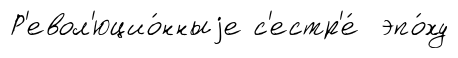
Р'евол'юцио́нныjе с'естр'е́ эпо́ху